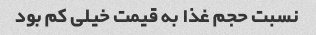
نسبت حجم غذا به قیمت خیلی کم بود